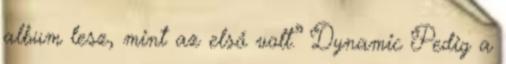
album lesz, mint az első volt.” Dynamic Pedig a